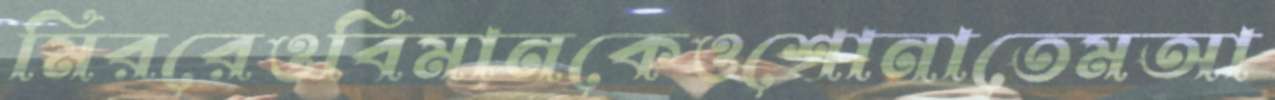
মিররেওবিমানকেওশোনাতেমআ